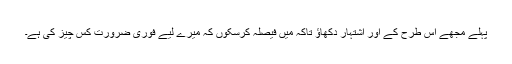
پہلے مجھے اس طرح کے اور اشتہار دکھاؤ تاکہ میں فیصلہ کرسکوں کہ میرے لیے فوری ضرورت کس چیز کی ہے۔